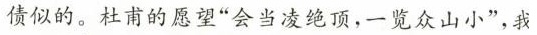
债似的。杜甫的愿望“会当凌绝顶，一览众山小"我